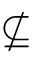
\nsubseteq